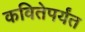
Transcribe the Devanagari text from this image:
कवितेपर्यंत